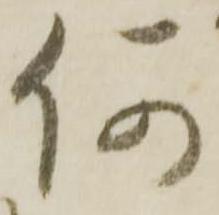
何